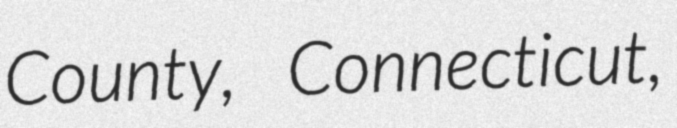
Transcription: County, Connecticut,